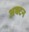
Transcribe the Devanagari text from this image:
अक्टन